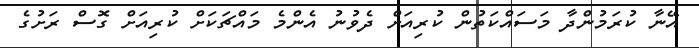
އޭނާ ކުރަމުންދާ މަސައްކަތުން ކުރިއަށް ދެވުނު އެންމެ މައްޗަކަށް ކުރިއަށް ގޮސް ރަށުގެ